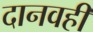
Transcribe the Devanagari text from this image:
दानवही